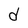
Character: d